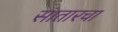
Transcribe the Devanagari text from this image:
सातारचा